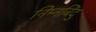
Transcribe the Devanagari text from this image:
निम्नबिंदु